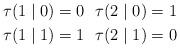
LaTeX: \begin{align*}&\tau(1\mid 0) = 0 ~~\tau(2\mid 0) = 1\\&\tau(1\mid 1) = 1 ~~\tau(2\mid 1) = 0\end{align*}